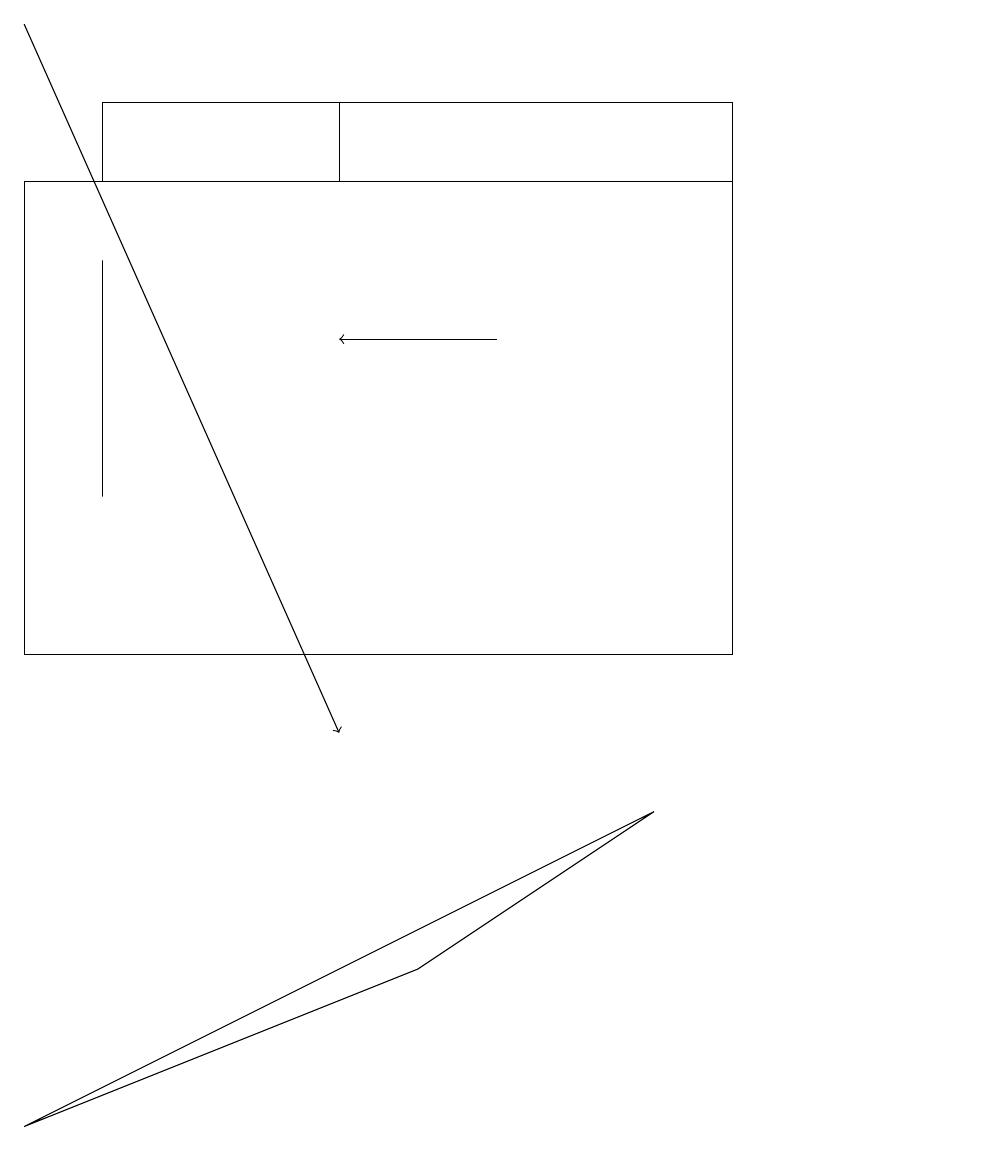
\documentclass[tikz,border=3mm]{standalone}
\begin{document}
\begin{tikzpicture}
\draw (12,11) circle (0);
\draw[->] (0,19) -- (4,10);
\draw[->] (6,15) -- (4,15);
\draw (9,11) rectangle (0,17);
\draw (9,17) rectangle (4,18);
\draw (1,16) rectangle (1,13);
\draw (9,18) rectangle (1,17);
\draw (5,7) -- (0,5) -- (8,9) -- cycle;
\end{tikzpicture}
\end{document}